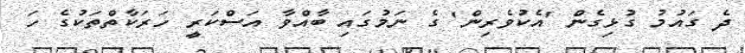
ދެ ގައުމު ގުޅިގެން 'އެކުވެރިން' ގެ ނަމުގައި ބާއްވާ އަސްކަރީ ހަރަކާތްތަކުގެ ހަ